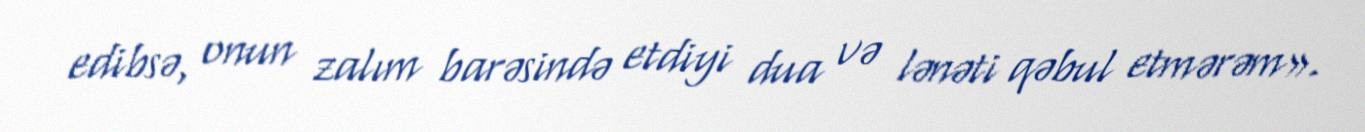
edibsə, onun zalım barəsində etdiyi dua və lənəti qəbul etmərəm».